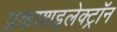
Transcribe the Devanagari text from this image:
प्रकाशइलेक्ट्रॉन